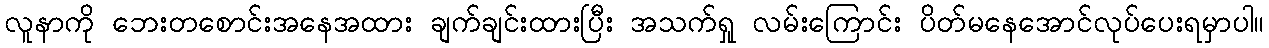
လူနာကို ဘေးတစောင်းအနေအထား ချက်ချင်းထားပြီး အသက်ရှု လမ်းကြောင်း ပိတ်မနေအောင်လုပ်ပေးရမှာပါ။